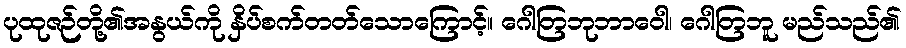
ပုထုဇဉ်တို့၏အနွယ်ကို နှိပ်စက်တတ်သောကြောင့်။ ဂေါတြဘုဘာဝေါ၊ ဂေါတြဘူ မည်သည်၏